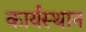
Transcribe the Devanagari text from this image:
कार्यस्‍थान